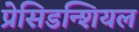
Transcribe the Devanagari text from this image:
प्रेसिडन्शियल